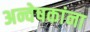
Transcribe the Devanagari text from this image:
अन्वेषकांना